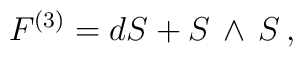
F^{(3)} = d S + S\, \wedge\, S\,,